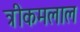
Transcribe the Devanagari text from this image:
त्रीकमलाल